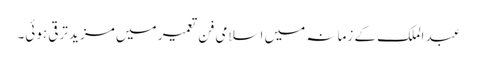
عبد الملک کے زمانہ میں اسلامی فن تعمیر میں مزید ترقی ہوئی۔